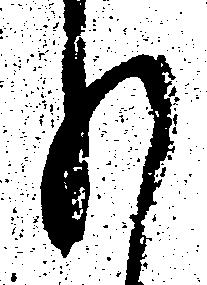
も